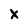
Character: X